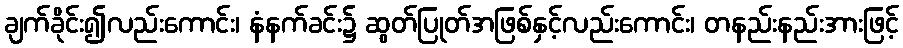
ချက်ခိုင်း၍လည်းကောင်း၊ နံနက်ခင်း၌ ဆွတ်ပြုတ်အဖြစ်နှင့်လည်းကောင်း၊ တနည်းနည်းအားဖြင့်